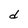
Character: d